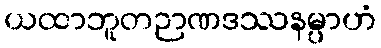
ယထာဘူတဉာဏဒဿနမ္ပာဟံ